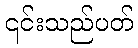
၎င်းသည်ပတ်